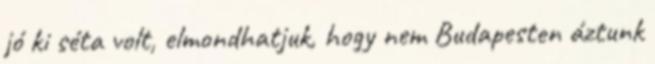
jó ki séta volt, elmondhatjuk, hogy nem Budapesten áztunk